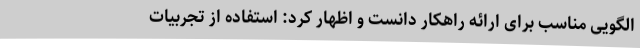
الگویی مناسب برای ارائه راهکار دانست و اظهار کرد: استفاده از تجربیات